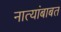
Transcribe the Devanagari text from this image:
नात्यांबाबत